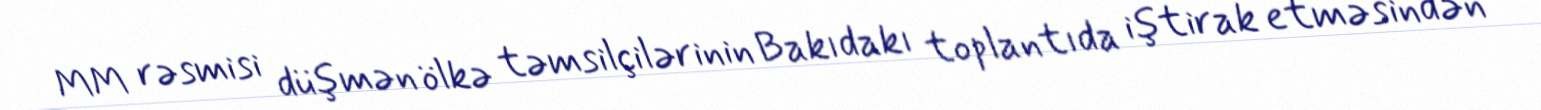
MM rəsmisi düşmən ölkə təmsilçilərinin Bakıdakı toplantıda iştirak etməsindən